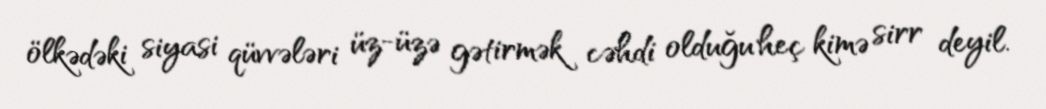
ölkədəki siyasi qüvvələri üz-üzə gətirmək cəhdi olduğu heç kimə sirr deyil.